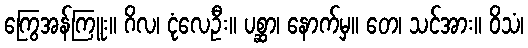
ကြွေအန်ကြူး။ ဂိလ၊ ငုံလေဦး။ ပစ္ဆာ၊ နောက်မှ။ တေ၊ သင်အား။ ဝိသံ၊